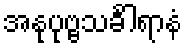
အနုပုဗ္ဗသင်္ခါရာနံ